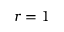
r = 1